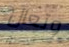
وتعال